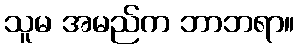
သူမ အမည်က ဘာဘရာ။